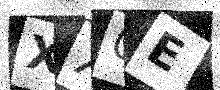
Text: XX0E